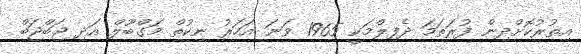
އިތުރުކޮށްދިން ފުރަތަމަ ދެފިލްމަކީ 1965 ވަނަ އަހަރު ނިކުތް މަގްބޫލް އަދި ޖަބްޖަބް